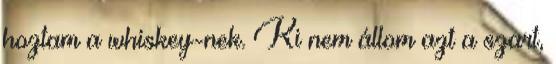
hoztam a whiskey-nek. Ki nem állom azt a szart,